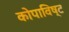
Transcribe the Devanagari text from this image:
कोपाविष्ट